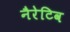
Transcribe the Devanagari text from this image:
नैरेटिव